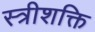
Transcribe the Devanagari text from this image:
स्त्रीशक्ति